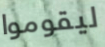
ليقوموا